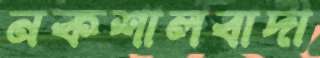
নকশালবাদী